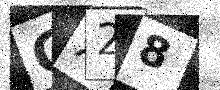
Text: GX28